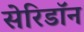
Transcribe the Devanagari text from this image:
सेरिडॉन